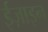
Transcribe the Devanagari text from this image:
ईज़ाइन